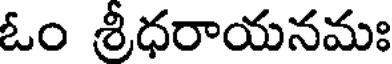
ఓం శ్రీధరాయనమః